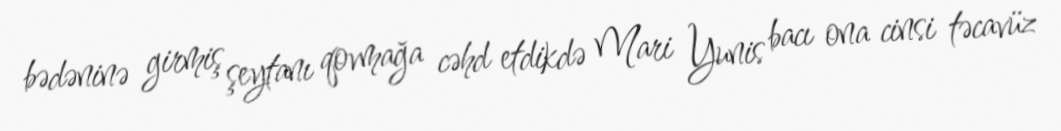
bədəninə girmiş şeytanı qovmağa cəhd etdikdə Mari Yunis bacı ona cinsi təcavüz